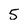
Character: 5